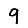
Digit: 9